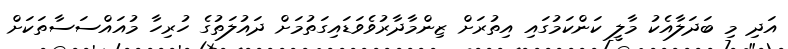
އަދި މި ބަދަލާއެކު މާލީ ކަންކަމުގައި އިތުރަށް ޒިންމާދާރުވެވަޑައިގަތުމަށް ދައުލަތުގެ ހުރިހާ މުއައްސަސާތަކަށް